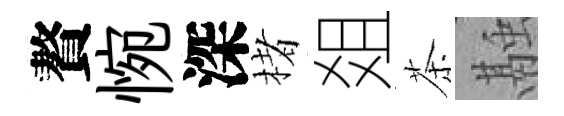
贅惋深楮爼茶融